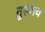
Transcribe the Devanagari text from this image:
तुरुंगच